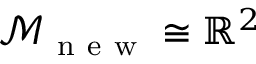
\mathcal { M } _ { \mathrm { ~ n ~ e ~ w ~ } } \cong \mathbb { R } ^ { 2 }